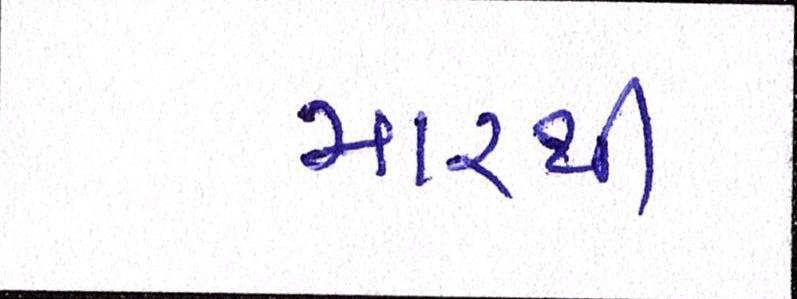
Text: મારથી